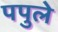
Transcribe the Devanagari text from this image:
पपुले